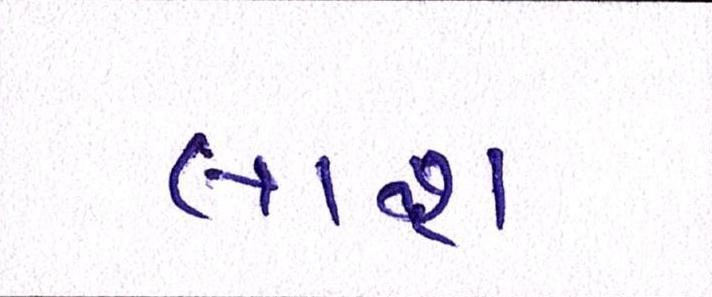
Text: લાશ